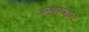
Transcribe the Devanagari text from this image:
अणूंदरम्यान